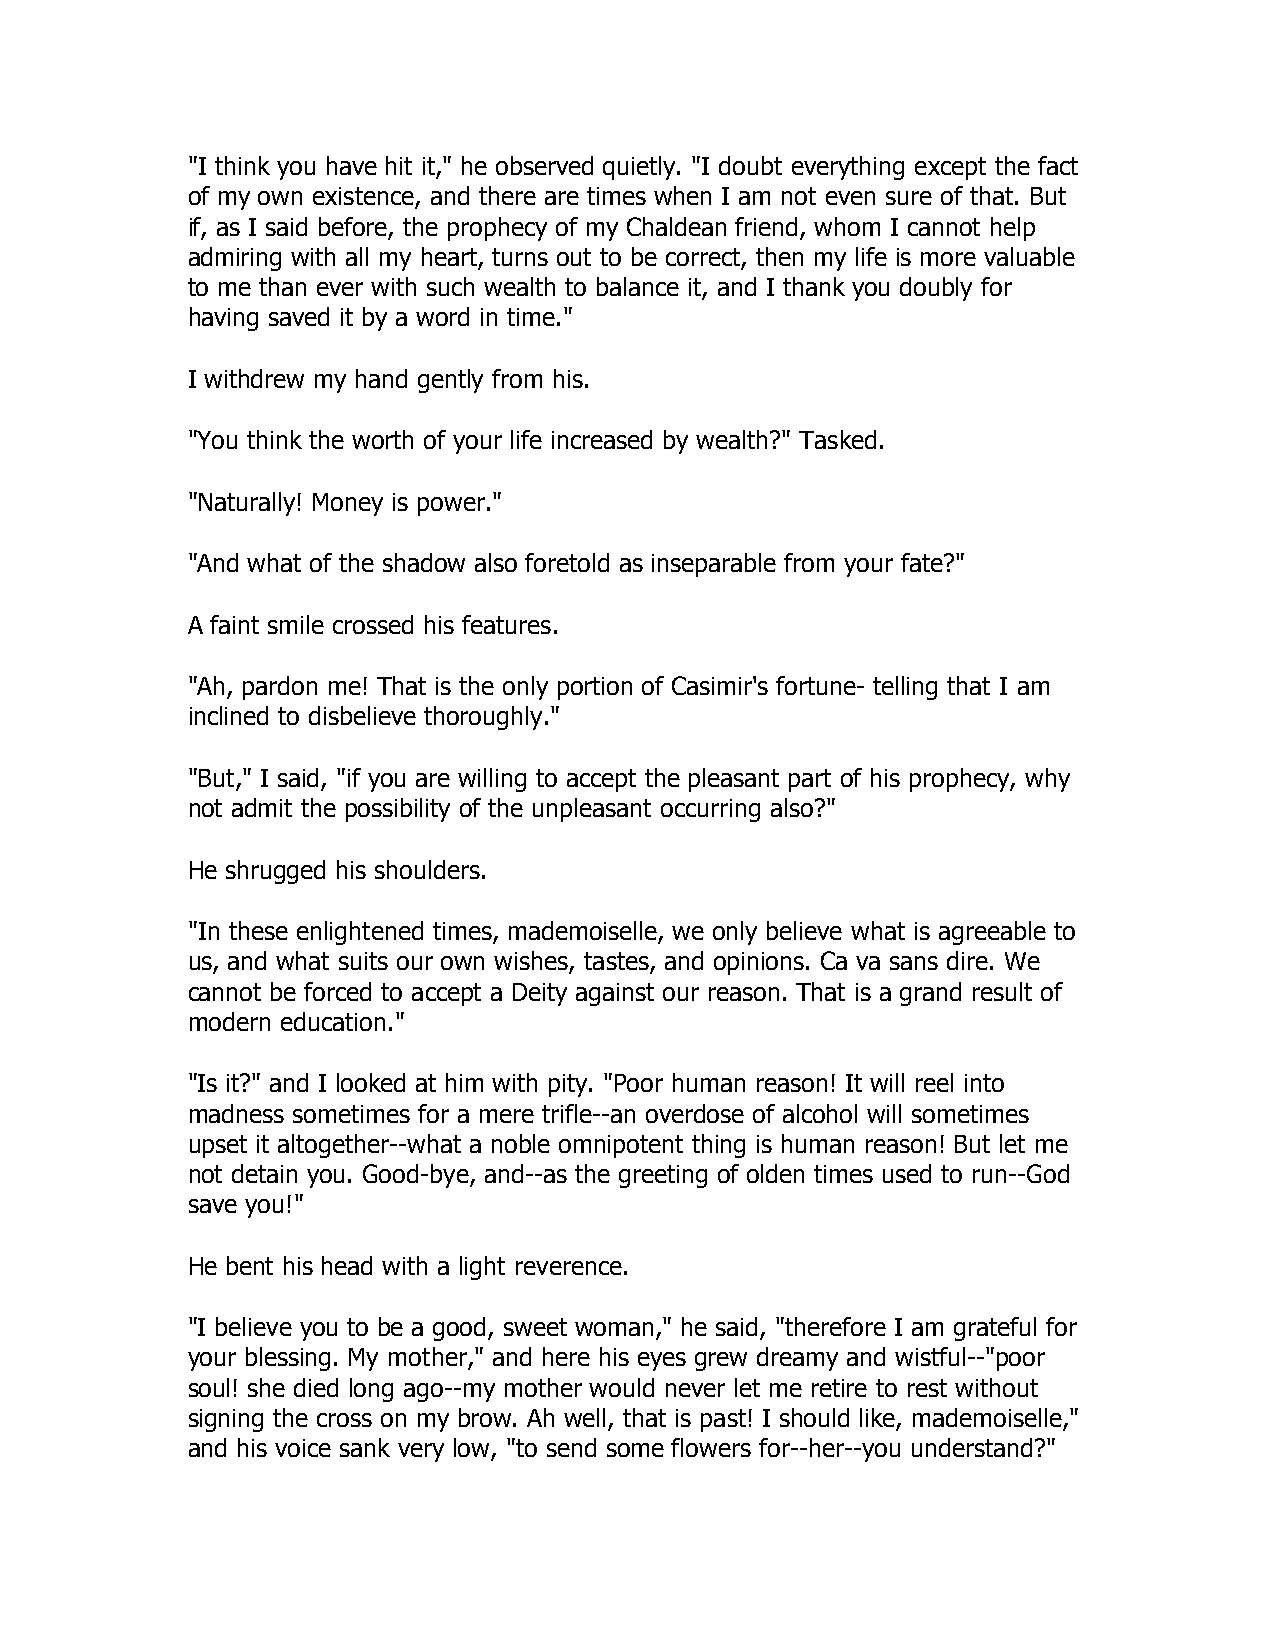
"I think you have hit it," he observed quietly. "I doubt everything except the fact
 of my own existence, and there are times when I am not even sure of that. But
 if, as I said before, the prophecy of my Chaldean friend, whom I cannot help
 admiring with all my heart, turns out to be correct, then my life is more valuable
 to me than ever with such wealth to balance it, and I thank you doubly for
 having saved it by a word in time."
 I withdrew my hand gently from his.
 "You think the worth of your life increased by wealth?" Tasked.
 "Naturally! Money is power."
 "And what of the shadow also foretold as inseparable from your fate?"
 A faint smile crossed his features.
 "Ah, pardon me! That is the only portion of Casimir's fortune- telling that I am
 inclined to disbelieve thoroughly."
 "But," I said, "if you are willing to accept the pleasant part of his prophecy, why
 not admit the possibility of the unpleasant occurring also?"
 He shrugged his shoulders.
 "In these enlightened times, mademoiselle, we only believe what is agreeable to
 us, and what suits our own wishes, tastes, and opinions. Ca va sans dire. We
 cannot be forced to accept a Deity against our reason. That is a grand result of
 modern education."
 "Is it?" and I looked at him with pity. "Poor human reason! It will reel into
 madness sometimes for a mere trifle--an overdose of alcohol will sometimes
 upset it altogether--what a noble omnipotent thing is human reason! But let me
 not detain you. Good-bye, and--as the greeting of olden times used to run--God
 save you!"
 He bent his head with a light reverence.
 "I believe you to be a good, sweet woman," he said, "therefore I am grateful for
 your blessing. My mother," and here his eyes grew dreamy and wistful--"poor
 soul! she died long ago--my mother would never let me retire to rest without
 signing the cross on my brow. Ah well, that is past! I should like, mademoiselle,"
 and his voice sank very low, "to send some flowers for--her--you understand?"